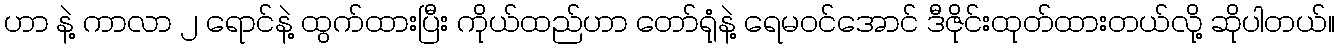
ဟာ နဲ့ ကာလာ ၂ ရောင်နဲ့ ထွက်ထားပြီး ကိုယ်ထည်ဟာ တော်ရုံနဲ့ ရေမဝင်အောင် ဒီဇိုင်းထုတ်ထားတယ်လို့ ဆိုပါတယ်။